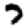
Digit: 7